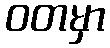
ဝတမှာ